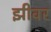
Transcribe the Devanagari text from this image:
झीवर